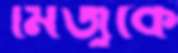
মিজুকে